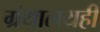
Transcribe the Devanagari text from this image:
ग्रंथालयही